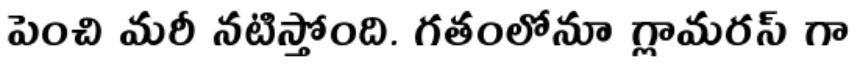
పెంచి మరీ నటిస్తోంది. గతంలోనూ గ్లామరస్ గా